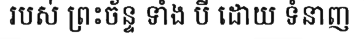
របស់ ព្រះច័ន្ទ ទាំង បី ដោយ ទំនាញ